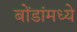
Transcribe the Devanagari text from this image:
बोंडांमध्ये